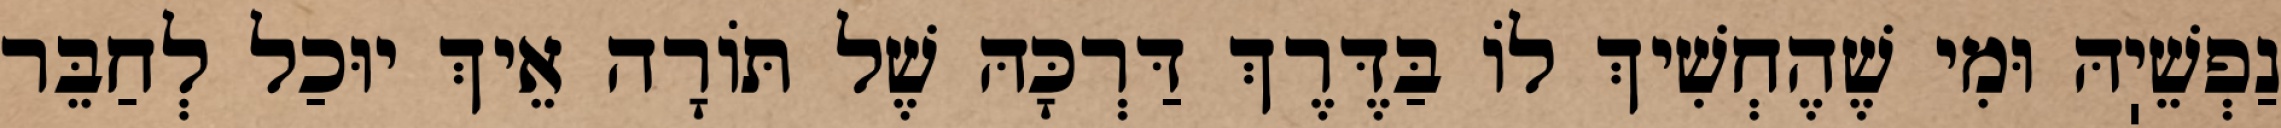
נַפְשֵׁיֽהּ וּמִי שֶׁהֶחְשִׁיךְ לוֹ בַּדֶּרֶךְ דַּרְכָּהּ שֶׁל תּוֹרָה אֵיךְ יוּכַל לְחַבֵּר